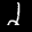
Label: 2